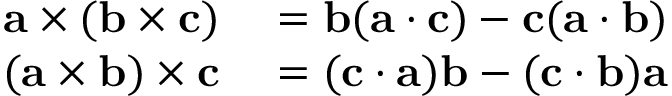
\begin{array} { r l } { \mathbf { a } \times ( \mathbf { b } \times \mathbf { c } ) } & { { } = \mathbf { b } ( \mathbf { a } \cdot \mathbf { c } ) - \mathbf { c } ( \mathbf { a } \cdot \mathbf { b } ) } \\ { ( \mathbf { a } \times \mathbf { b } ) \times \mathbf { c } } & { { } = ( \mathbf { c } \cdot \mathbf { a } ) \mathbf { b } - ( \mathbf { c } \cdot \mathbf { b } ) \mathbf { a } } \end{array}